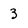
Character: 3